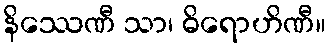
နိဿေဏီ သာ၊ ဓိရောဟိဏီ။